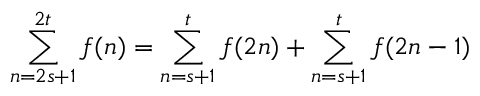
\sum _ { n = 2 s + 1 } ^ { 2 t } f ( n ) = \sum _ { n = s + 1 } ^ { t } f ( 2 n ) + \sum _ { n = s + 1 } ^ { t } f ( 2 n - 1 ) \quad